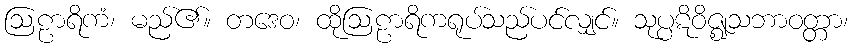
ဩဠာရိကံ၊ မည်၏။ တဒေဝ၊ ထိုဩဠာရိကရုပ်သည်ပင်လျှင်။ သုပ္ပဋိဝိဇ္ဈသဘာဝတ္တာ၊